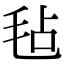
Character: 毡